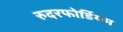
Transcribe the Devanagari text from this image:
रुदरफोर्डियम